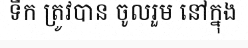
ទឹក ត្រូវបាន ចូលរួម នៅក្នុង